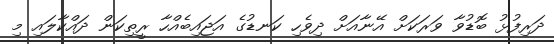
ދަރިފުޅު ބޮޑުވާ ވަރަކަށް އޭނާއަށް ދިވެހި ކަނޑުގެ އަޖައިބެއްހާ ރީތިކަން ދައްކާލައި މި